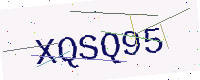
Text: XQSQ95